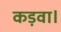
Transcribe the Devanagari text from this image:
कड़वा।